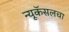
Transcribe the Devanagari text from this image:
न्यूकॅसलचा